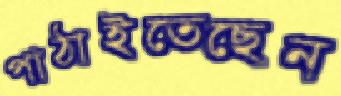
পাঠাইতেছেন